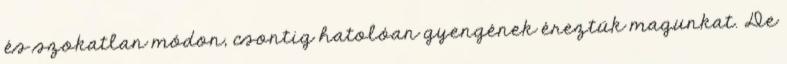
és szokatlan módon, csontig hatolóan gyengének éreztük magunkat. De